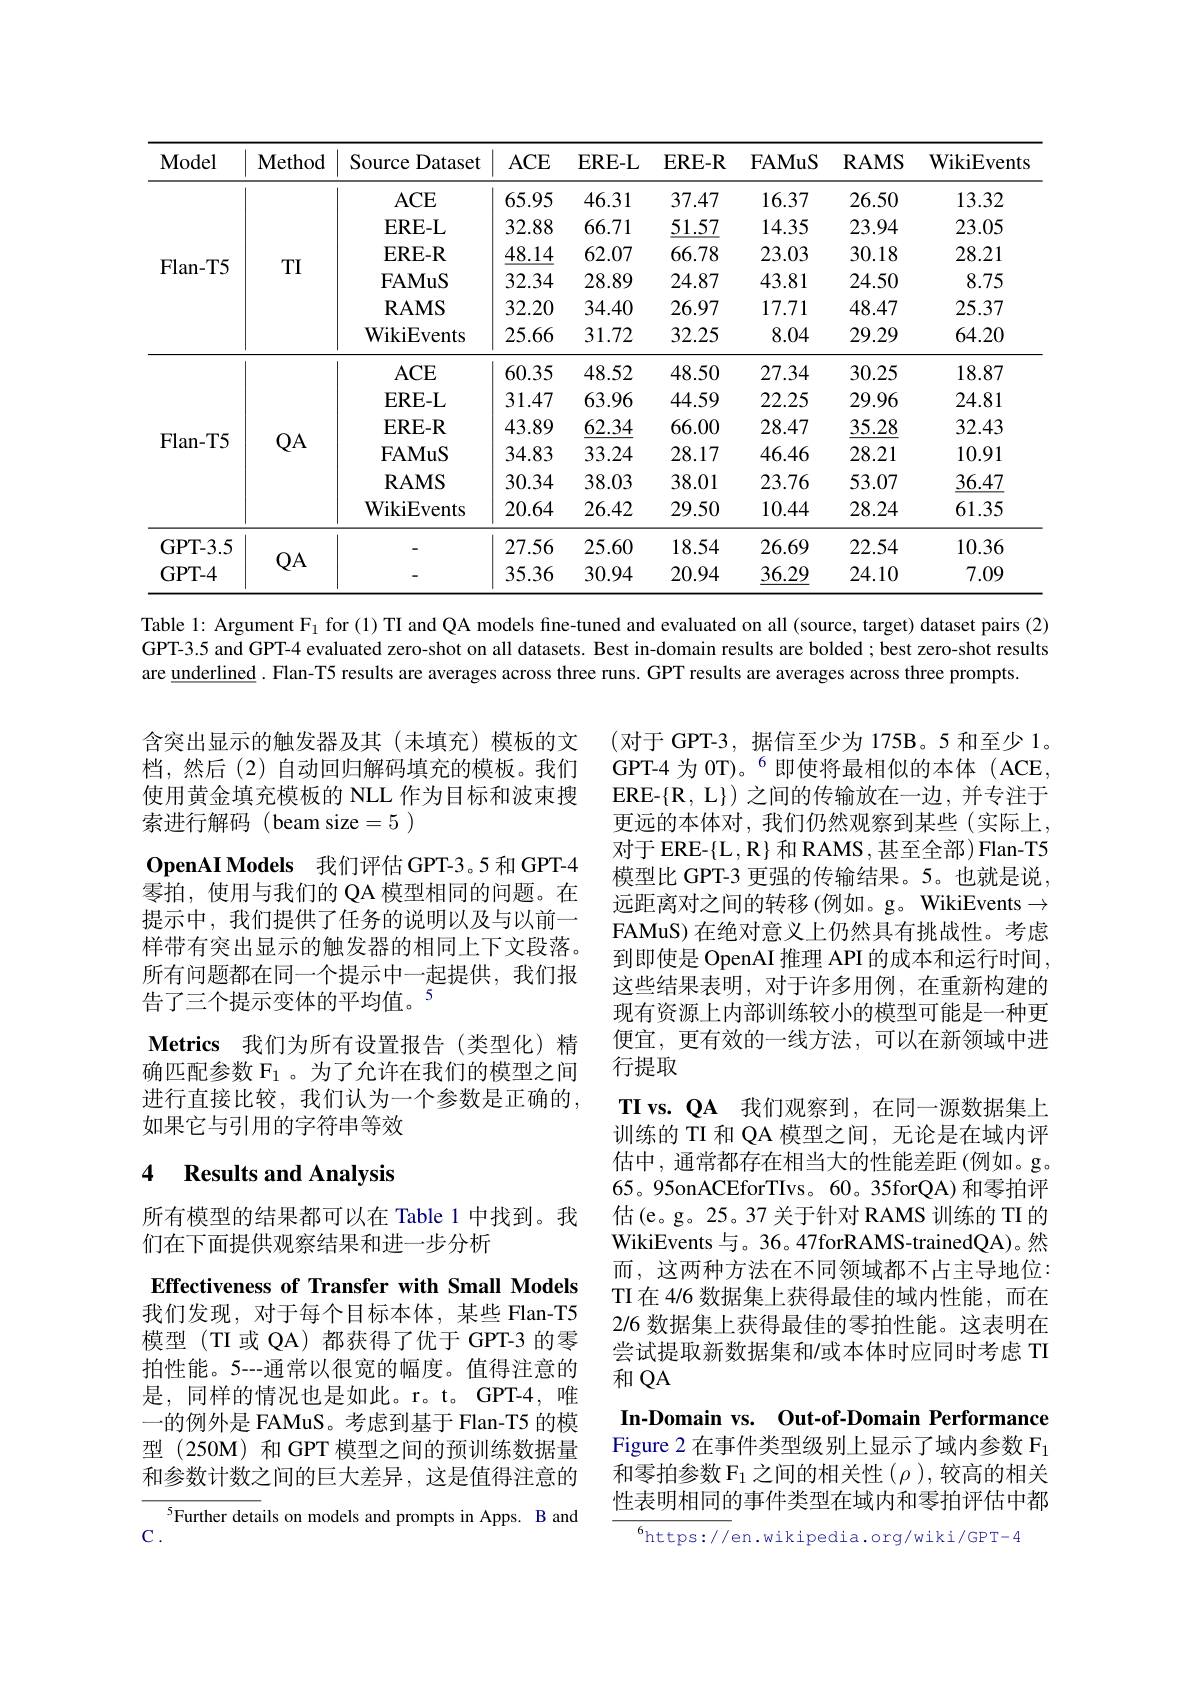
<table>
	<tbody>
		<tr>
			<th>Model</th>
			<th>Method</th>
			<th>Source Dataset</th>
			<th>$ACE$</th>
			<th>$\mathbf{ERE-L}$</th>
			<th>$\mathbf{ERE-R}$</th>
			<th>$\mathbf{FAMuS}$</th>
			<th>$\mathbf{RAMS}$</th>
			<th>${\mathrm{WikiEvents}}$</th>
		</tr>
		<tr>
			<td rowspan="6">Flan- T5</td>
			<td rowspan="6">TI</td>
			<td>$ACE$</td>
			<td>65.95</td>
			<td>46.31</td>
			<td>37.47</td>
			<td>16.37</td>
			<td>26.50</td>
			<td>13.32</td>
		</tr>
		<tr>
			<td>$\mathbf{ERE-L}$</td>
			<td>32.88</td>
			<td>66.71</td>
			<td>51.57</td>
			<td>14.35</td>
			<td>23.94</td>
			<td>23.05</td>
		</tr>
		<tr>
			<td>$\mathbf{ERE-R}$</td>
			<td>48.14</td>
			<td>62.07</td>
			<td>66.78</td>
			<td>23.03</td>
			<td>30.18</td>
			<td>28.21</td>
		</tr>
		<tr>
			<td>$\mathbf{FAMuS}$</td>
			<td>32.34</td>
			<td>28.89</td>
			<td>24.87</td>
			<td>43.81</td>
			<td>24.50</td>
			<td>8.75</td>
		</tr>
		<tr>
			<td>$\mathbf{RAMS}$</td>
			<td>32.20</td>
			<td>34.40</td>
			<td>26.97</td>
			<td>17.71</td>
			<td>48.47</td>
			<td>25.37</td>
		</tr>
		<tr>
			<td>WikiEvents</td>
			<td>25.66</td>
			<td>31.72</td>
			<td>32.25</td>
			<td>8.04</td>
			<td>29.29</td>
			<td>64.20</td>
		</tr>
		<tr>
			<td> </td>
			<td rowspan="6">$QA$</td>
			<td>$ACE$</td>
			<td>60.35</td>
			<td>48.52</td>
			<td>48.50</td>
			<td>27.34</td>
			<td>30.25</td>
			<td>18.87</td>
		</tr>
		<tr>
			<td rowspan="5">Flan- T5</td>
			<td>$\mathbf{ERE-L}$</td>
			<td>31.47</td>
			<td>63.96</td>
			<td>44.59</td>
			<td>22.25</td>
			<td>29.96</td>
			<td>24.81</td>
		</tr>
		<tr>
			<td>$\mathbf{ERE-R}$</td>
			<td>43.89</td>
			<td>62.34</td>
			<td>66.00</td>
			<td>28.47</td>
			<td>35.28</td>
			<td>32.43</td>
		</tr>
		<tr>
			<td>$\mathbf{FAMuS}$</td>
			<td>34.83</td>
			<td>33.24</td>
			<td>28.17</td>
			<td>46.46</td>
			<td>28.21</td>
			<td>10.91</td>
		</tr>
		<tr>
			<td>$\mathbf{RAMS}$</td>
			<td>30.34</td>
			<td>38.03</td>
			<td>38.01</td>
			<td>23.76</td>
			<td>53.07</td>
			<td>$\underline{36.47}$</td>
		</tr>
		<tr>
			<td>WikiEvents</td>
			<td>20.64</td>
			<td>26.42</td>
			<td>29.50</td>
			<td>10.44</td>
			<td>28.24</td>
			<td>61.35</td>
		</tr>
		<tr>
			<td>GPT- 3. 5</td>
			<td> </td>
			<td> </td>
			<td>27.56</td>
			<td>25.60</td>
			<td>18.54</td>
			<td>26.69</td>
			<td>22.54</td>
			<td>10.36</td>
		</tr>
		<tr>
			<td>GPT- 4</td>
			<td>$\Psi A$</td>
			<td> </td>
			<td>35.36</td>
			<td>30.94</td>
			<td>20.94</td>
			<td>36.29</td>
			<td>24.10</td>
			<td>7.09</td>
		</tr>
	</tbody>
</table>
Table 1: Argument $\mathcal{F}_1$ for (1) TI and QA models fine-tuned and evaluated on all (source, target) dataset pairs (2)

GPT-3.5 and GPT-4 evaluated zero-shot on all datasets. Best in-domain results are bolded ; best zero-shot results
are underlined . Flan-T5 results are averages across three runs. GPT results are averages across three prompts.

含突出显示的触发器及其(未填充)模板的文档，然后(2)自动回归解码填充的模板。我们使用黄金填充模板的 NLL 作为目标和波束搜索进行解码(beam size=5)
$\mathbf{OpenAI~Models}$ 我们评估 GPT-3。5 和 GPT-4零拍，使用与我们的 QA 模型相同的问题。在提示中，我们提供了任务的说明以及与以前一样带有突出显示的触发器的相同上下文段落。所有问题都在同一个提示中一起提供，我们报告了三个提示变体的平均值。$^{5}$
Metrics 我们为所有设置报告(类型化)精确匹配参数 F$_{1}$ 。为了允许在我们的模型之间进行直接比较，我们认为一个参数是正确的， 如果它与引用的字符串等效

(对于 GPT-3,据信至少为 175B。5 和至少 1。GPT-4 为 0T)。$^{6}$即使将最相似的本体(ACE, ERE- $\{$R, L$\}$)之间的传输放在一边，并专注于更远的本体对，我们仍然观察到某些(实际上， 对于 ERE-{L} ,R$\}$和 RAMS , 甚至全部) Flan-T5模型比 GPT-3 更强的传输结果。5。也就是说， 远距离对之间的转移 (例如。g。WikiEvents $\to$ FAMuS) 在绝对意义上仍然具有挑战性。考虑到即使是 OpenAI 推理 API 的成本和运行时间， 这些结果表明，对于许多用例，在重新构建的现有资源上内部训练较小的模型可能是一种更便宜，更有效的一线方法，可以在新领域中进行提取
TI vs. QA 我们观察到，在同一源数据集上训练的 TI 和 QA 模型之间，无论是在域内评估中，通常都存在相当大的性能差距(例如。g。65。95onACEforTIvs。60。35forQA) 和零拍评估(e。g。25。37 关于针对 RAMS 训练的 TI 的WikiEvents 与。36。47forRAMS-trainedQA)。然而，这两种方法在不同领域都不占主导地位： TI 在 4/6 数据集上获得最佳的域内性能，而在2/6 数据集上获得最佳的零拍性能。这表明在尝试提取新数据集和/或本体时应同时考虑 TI 和QA
In-Domain vs. Out-of-Domain Performance Figure 2 在事件类型级别上显示了域内参数 F$_{1}$ 和零拍参数 F$_1$之间的相关性($\rho$),较高的相关性表明相同的事件类型在域内和零拍评估中都
$^{6}$https://en.wikipedia.org/wiki/GPT-4

### 4 Results and Analvsis

所有模型的结果都可以在 Table 1 中找到。我
们在下面提供观察结果和进一步分析
Effectiveness of Transfer with Small Models 我们发现，对于每个目标本体，某些 Flan-T5模型(TI 或 QA)都获得了优于 GPT-3 的零拍性能。5---通常以很宽的幅度。值得注意的是，同样的情况也是如此。r。t。GPT-4,唯一的例外是 FAMuS。考虑到基于 Flan-T5 的模型 (250M) 和 GPT 模型之间的预训练数据量和参数计数之间的巨大差异，这是值得注意的

${^{5}\text{Further deta}}$ils on models and prompts in Apps. B and
$\mathbf{C}.$